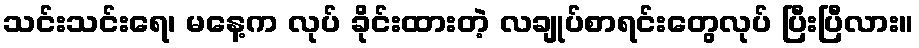
သင်းသင်းရေ၊ မနေ့က လုပ် ခိုင်းထားတဲ့ လချုပ်စာရင်းတွေလုပ် ပြီးပြီလား။